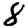
Digit: 8